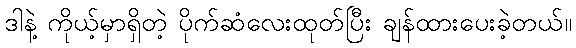
ဒါနဲ့ ကိုယ့်မှာရှိတဲ့ ပိုက်ဆံလေးထုတ်ပြီး ချန်ထားပေးခဲ့တယ်။